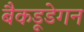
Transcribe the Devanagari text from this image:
बैकडूडेगन